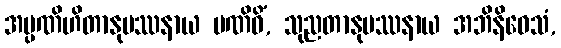
အပ္ပဏိဟိတာနုပဿနာယ ပဏိဓိံ, သုညတာနုပဿနာယ အဘိနိဝေသံ,